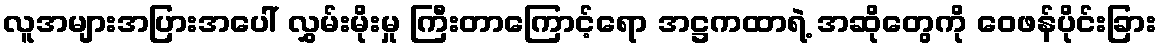
လူအများအပြားအပေါ် လွှမ်းမိုးမှု ကြီးတာကြောင့်ရော အဋ္ဌကထာရဲ့ အဆိုတွေကို ဝေဖန်ပိုင်းခြား